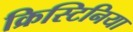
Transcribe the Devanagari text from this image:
क्रिस्टिनिया